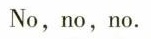
No,no,no.